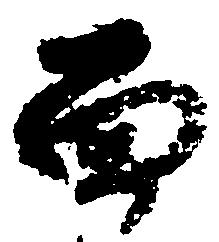
面